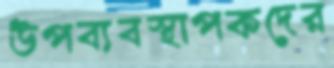
উপব্যবস্থাপকদের